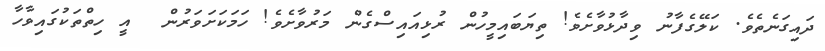
ދައިގަނެތެވެ. ކަލޭގެފާނު ވިދާޅުވާށެވެ! ތިޔަބައިމީހުން ރުޅިއައިސްގެން މަރުވާށެވެ! ހަމަކަށަވަރުން  އީ ހިތްތަކުގައިވާހާ